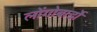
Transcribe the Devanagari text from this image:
लोंगोबार्डों